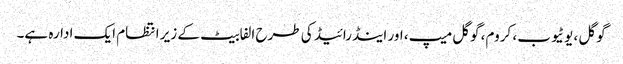
گوگل ، یوٹیوب ، کروم، گوگل میپ، اور اینڈرائیڈ کی طرح الفابیٹ کے زیر انتظام ایک ادارہ ہے۔